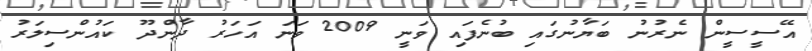
އޭސީސީން ނެރުނު ބަޔާނުގައި ބުނެފައި ވަނީ 2009 ވަނަ އަހަރު ދާންދޫ ކައުންސިލަރު